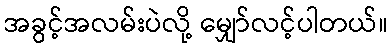
အခွင့်အလမ်းပဲလို့ မျှော်လင့်ပါတယ်။